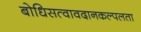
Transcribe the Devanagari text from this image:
बोधिसत्वावदानकल्पलता